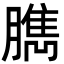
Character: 臇